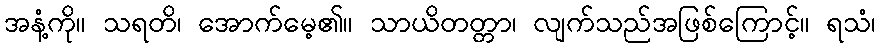
အနံ့ကို။ သရတိ၊ အောက်မေ့၏။ သာယိတတ္တာ၊ လျက်သည်အဖြစ်ကြောင့်။ ရသံ၊